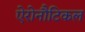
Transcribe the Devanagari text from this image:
ऐरोनौटिकल